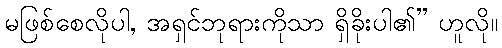
မဖြစ်စေလိုပါ, အရှင်ဘုရားကိုသာ ရှိခိုးပါ၏” ဟူလို။